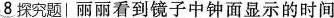
8探究题│丽丽看到镜子中钟面显示的时间